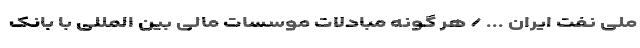
ملی نفت ایران ... / هر گونه مبادلات موسسات مالی بین المللی با بانک